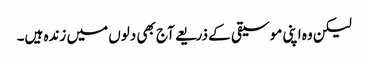
لیکن وہ اپنی موسیقی کے ذریعے آج بھی دلوں میں زندہ ہیں۔